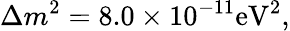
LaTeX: \Delta m^{2}=8.0\times 10^{-11}\mathrm{eV}^{2},